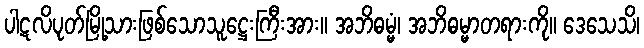
ပါဋလိပုတ်မြို့သားဖြစ်သောသူဋ္ဌေးကြီးအား။ အဘိဓမ္မံ၊ အဘိဓမ္မာတရားကို။ ဒေသေသိ၊